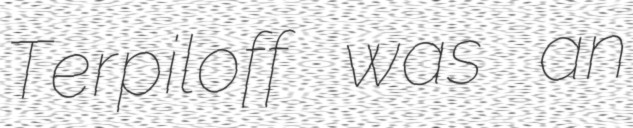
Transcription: Terpiloff was an